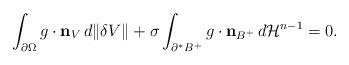
LaTeX: \begin{align*}\int_{\partial \Omega} g\cdot {\mathbf n}_V\, d\|\delta V\|+\sigma\int_{\partial^* B^+}g\cdot \mathbf n_{B^+}\, d\mathcal H^{n-1}=0.\end{align*}